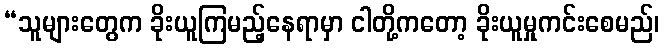
“သူများတွေက ခိုးယူကြမည့်နေရာမှာ ငါတို့ကတော့ ခိုးယူမှုကင်းစေမည်၊